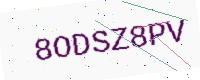
Text: 8ODSZ8PV